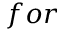
f o r